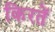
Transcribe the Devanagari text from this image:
किरतें